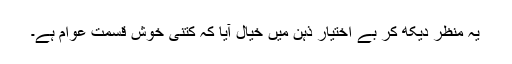
یہ منظر دیکھ کر بے اختیار ذہن میں خیال آیا کہ کتنی خوش قسمت عوام ہے۔